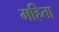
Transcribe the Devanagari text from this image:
महिता